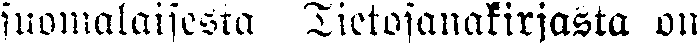
suomalaisesta Tietosanakirjasta on